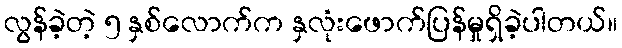
လွန်ခဲ့တဲ့ ၅ နှစ်လောက်က နှလုံးဖောက်ပြန်မှုရှိခဲ့ပါတယ်။